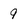
Character: 9